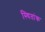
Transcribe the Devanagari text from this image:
स्थितांक